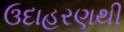
ઉદાહરણથી